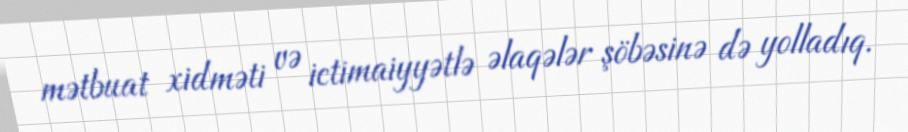
mətbuat xidməti və ictimaiyyətlə əlaqələr şöbəsinə də yolladıq.